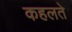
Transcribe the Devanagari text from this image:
कहलते